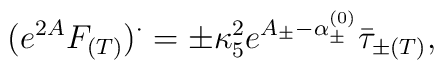
(e^{2A}F_{(T)})^{\cdot} = \pm\kappa_5^2e^{A_{\pm}-\alpha^{(0)}_{\pm}}  \bar{\tau}_{\pm(T)},